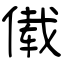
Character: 傤